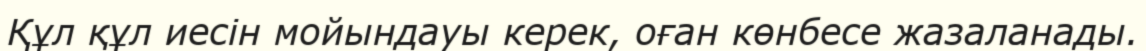
Құл құл иесін мойындауы керек, оған көнбесе жазаланады.